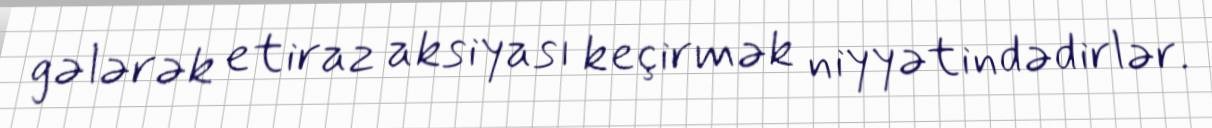
gələrək etiraz aksiyası keçirmək niyyətindədirlər.